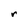
Character: r